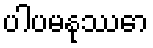
ပါပမနုဿော